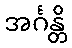
အင်္ဂန္တိ